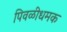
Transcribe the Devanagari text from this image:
पिवळीधमक